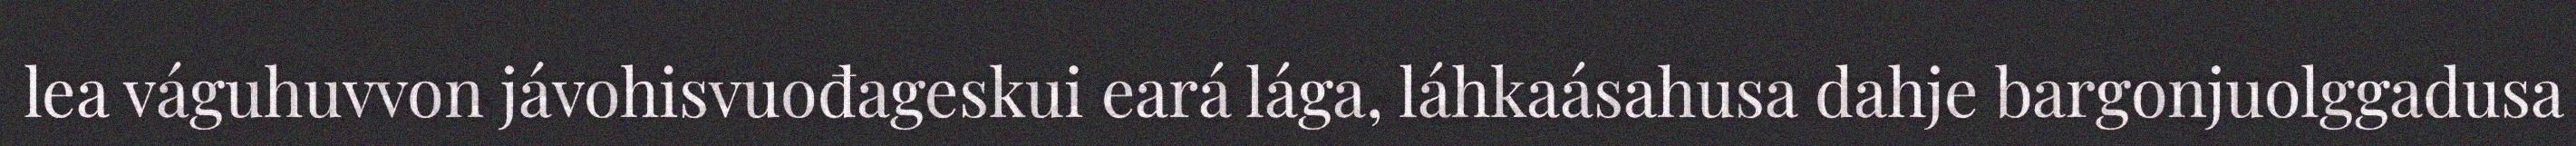
lea váguhuvvon jávohisvuođageskui eará lága, láhkaásahusa dahje bargonjuolggadusa